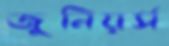
জুনিয়র্স